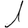
Digit: 1